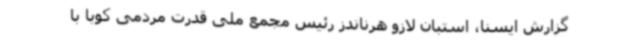
گزارش ایسنا، استبان لازو هرناندز رئیس مجمع ملی قدرت مردمی کوبا با